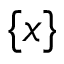
\{ x \}